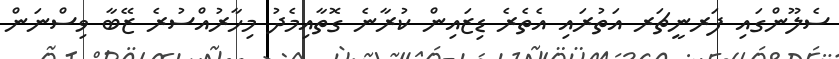
ސެލޫންގައި ފަރނީޗަރ އަތުރައި އެތެރެ ޑިޒައިން ކުރާނެ ގޮތާއިމެދު މިހާރުއްސުރެ ޒޭބާ ވިސްނަން